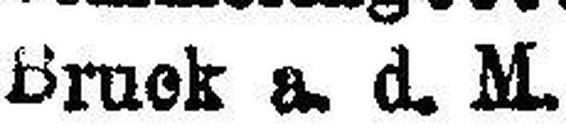
Bruck a. d. M.